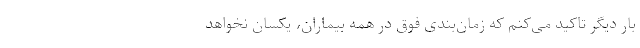
بار دیگر تاکید می‌کنم که زمان‌بندی فوق در همه بیماران، یکسان نخواهد